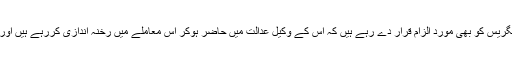
بی جے پی لیڈران عدالت میں ہورہی تاخیر کے لئے یہ کہہ کر کانگریس کو بھی موردِ الزام قرار دے رہے ہیں کہ اس کے وکیل عدالت میں حاضر ہوکر اس معاملے میں رخنہ اندازی کررہے ہیں اور کانگریس ہی اس مسئلے کو حل کرنے میں رکاوٹ بنی ہوئی ہے۔